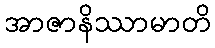
အာဇာနိဿာမာတိ